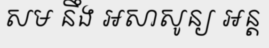
សម នឹង អសាសូន្យ អន្ត